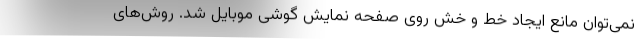
نمی‌توان مانع ایجاد خط و خش روی صفحه نمایش گوشی موبایل شد. روش‌های